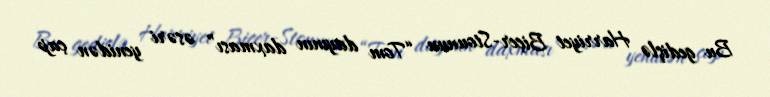
Bu gedişlə Harriyet Biçer-Stounun “Tom dayının daxması” əsəri yenidən çap